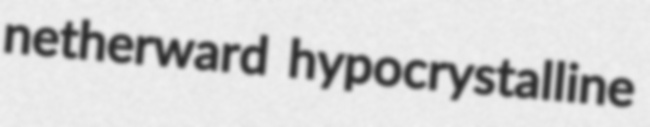
netherward hypocrystalline